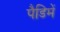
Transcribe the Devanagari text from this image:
पैडिमें